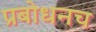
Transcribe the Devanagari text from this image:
प्रबोधनच